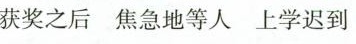
获奖之后焦急地等人上学迟到；